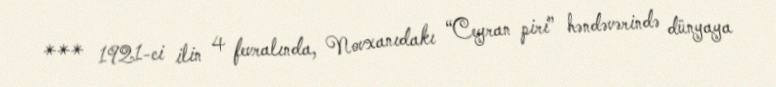
*** 1921-ci ilin 4 fevralında, Novxanıdakı “Ceyran piri” həndəvərində dünyaya